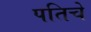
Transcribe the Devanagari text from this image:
पतिचे